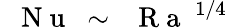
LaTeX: \mathrm{~\textit~{~N~u~}~}\sim\mathrm{~\textit~{~R~a~}~}^{1/4}